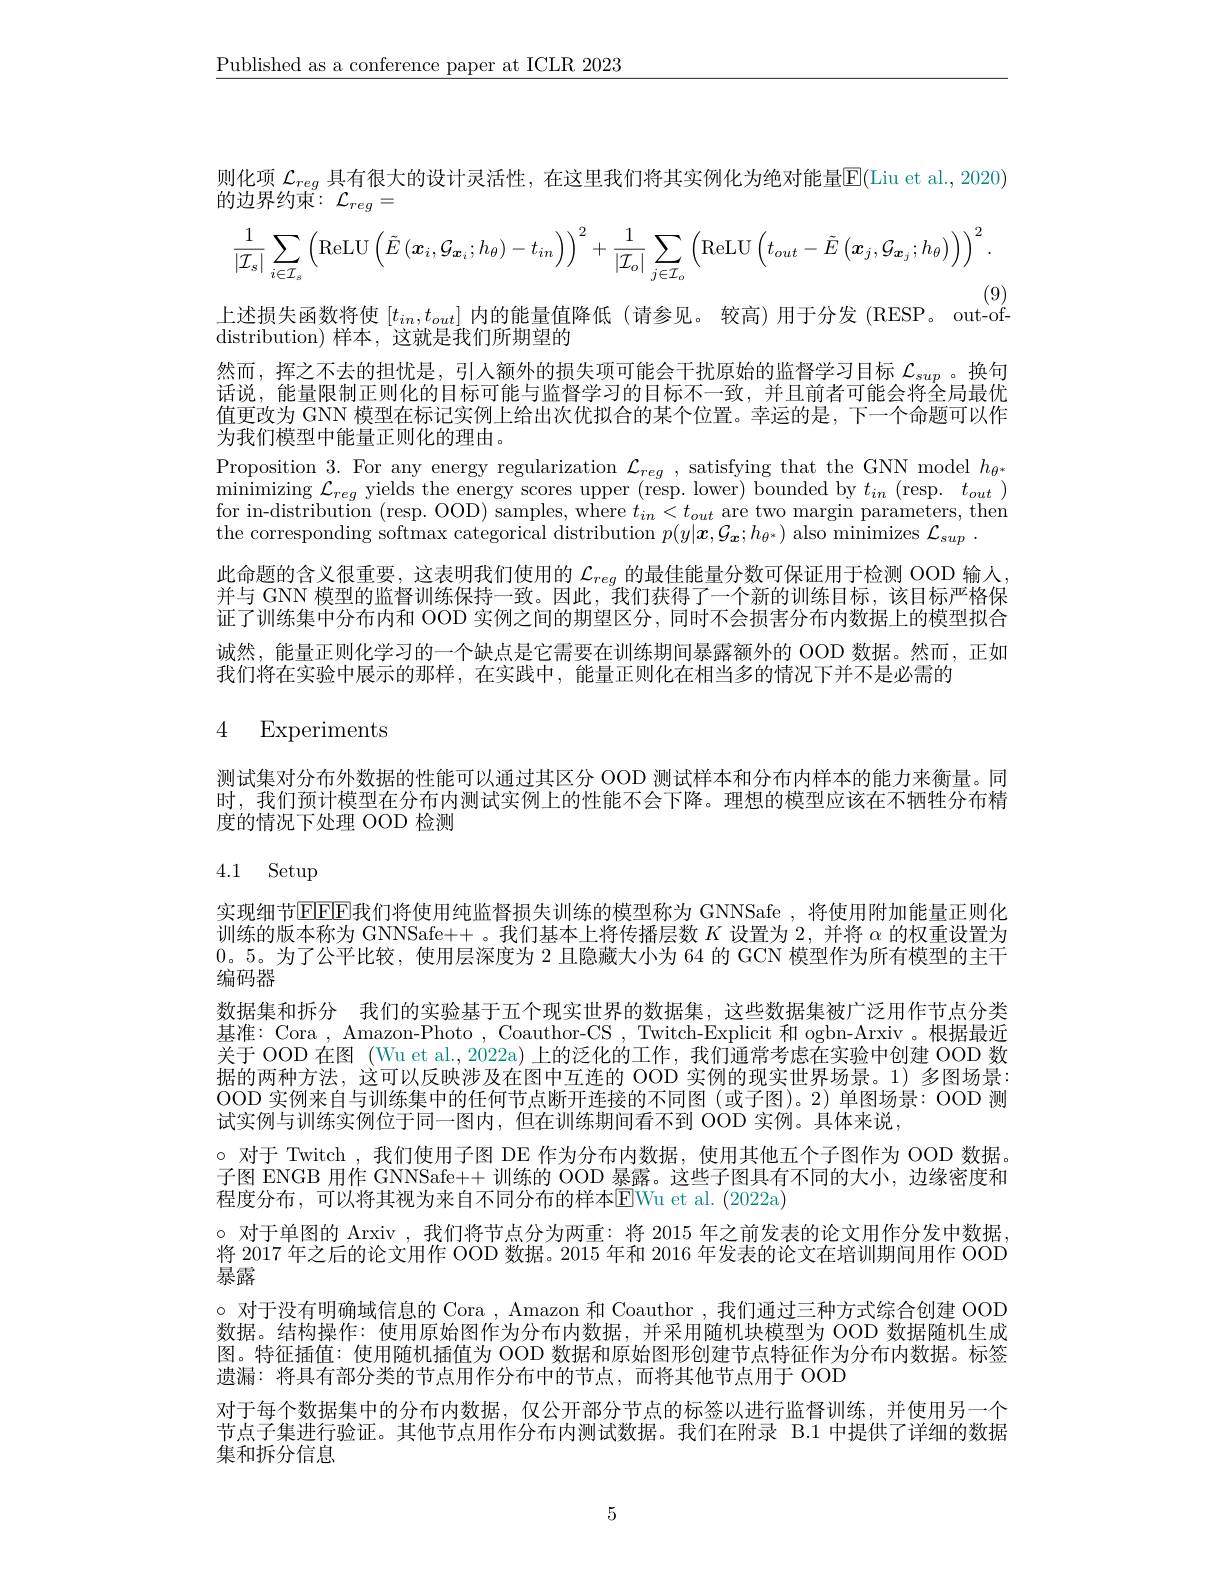
$\underline{\text{Published as a conference paper at ICLR 2023}}$

则化项 $\mathcal{L}_{reg}$ 具有很大的设计灵活性，在这里我们将其实例化为绝对能量$\overline{\mathbb{E}}($Liu et al., 2020)
的边界约束$:\mathcal{L}_reg=$
$$\frac{1}{|\mathcal{I}_{s}|}\sum_{i\in\mathcal{I}_{s}}\left(\mathrm{ReLU}\left(\tilde{E}\left(\boldsymbol{x}_{i},\mathcal{G}_{\boldsymbol{x}_{i}};h_{\theta}\right)-t_{in}\right)\right)^{2}+\frac{1}{|\mathcal{I}_{o}|}\sum_{j\in\mathcal{I}_{o}}\left(\mathrm{ReLU}\left(t_{out}-\tilde{E}\left(\boldsymbol{x}_{j},\mathcal{G}_{\boldsymbol{x}_{j}};h_{\theta}\right)\right)\right)^{2}.$$
(9)
上述损失函数将使$[t_{in},t_{out}]$内的能量值降低 (请参见。较高)用于分发 (RESP。out-of-

然而，挥之不去的担忧是，引入额外的损失项可能会干扰原始的监督学习目标$\mathcal{L}_{sup}$。换句话说，能量限制正则化的目标可能与监督学习的目标不一致，并且前者可能会将全局最优

distribution) 样本，这就是我们所期望的
值更改为 GNN 模型在标记实例上给出次优拟合的某个位置。幸运的是，下一个命题可以作
为我们模型中能量正则化的理由。
Proposition 3. For any energy regularization $\mathcal{L}_reg$, satisfying that the GNN model $h_\theta^*$ $\operatorname*{minimizing}\mathcal{L}_{reg}$ yields the energy scores upper (resp. lower) bounded by $t_in$ ( resp. $t_{out})$ $\begin{array}{l}\text{for in-distribution (resp. OOD) samples, where }t_{in}<t_{out}\text{ are two margin parameters, them}\\\text{the corresponding softmax categorical distribution }p(y|\boldsymbol{x},\mathcal{G}_{{\boldsymbol x}};h_{{\theta^{*}}})\text{ also minimizes }\mathcal{L}_{sup}\:.\end{array}$ 此命题的含义很重要，这表明我们使用的$\mathcal{L}_{reg}$的最佳能量分数可保证用于检测 OOD 输入并与 GNN 模型的监督训练保持一致。因此，我们获得了一个新的训练目标，该目标严格保证了训练集中分布内和 OOD 实例之间的期望区分，同时不会损害分布内数据上的模型拟合诚然，能量正则化学习的一个缺点是它需要在训练期间暴露额外的 OOD 数据。然而，正如我们将在实验中展示的那样，在实践中，能量正则化在相当多的情况下并不是必需的

## 4 Experiments

测试集对分布外数据的性能可以通过其区分 OOD 测试样本和分布内样本的能力来衡量。同时，我们预计模型在分布内测试实例上的性能不会下降。理想的模型应该在不牺牲分布精度的情况下处理 OOD 检测

## 4.1 Setup

实现细节$\operatorname{EEEE}$我们将使用纯监督损失训练的模型称为 GNNSafe ,将使用附加能量正则化训练的版本称为 GNNSafe++ 。我们基本上将传播层数$K$设置为 2, 并将$\alpha$的权重设置为0。5。为了公平比较，使用层深度为 2 且隐藏大小为 64 的 GCN 模型作为所有模型的主干编码器
数据集和拆分 我们的实验基于五个现实世界的数据集，这些数据集被广泛用作节点分类基准：Cora , Amazon-Photo , Coauthor-CS , Twitch-Explicit 和 ogbn-Arxiv 。根据最近关于 OOD 在图 (Wu et al., 2022a) 上的泛化的工作，我们通常考虑在实验中创建 OOD 数据的两种方法，这可以反映涉及在图中互连的 OOD 实例的现实世界场景。1)多图场景： OOD 实例来自与训练集中的任何节点断开连接的不同图(或子图)。2)单图场景：OOD 测试实例与训练实例位于同一图内，但在训练期间看不到 OOD 实例。具体来说，
$\circ$对于 Twitch , 我们使用子图 DE 作为分布内数据，使用其他五个子图作为 OOD 数据。子图 ENGB 用作 GNNSafe++ 训练的 OOD 暴露。这些子图具有不同的大小，边缘密度和程度分布，可以将其视为来自不同分布的样本EWu et al. ( 2022a)
$\circ$对于单图的 Arxiv , 我们将节点分为两重：将 2015 年之前发表的论文用作分发中数据， 将 2017 年之后的论文用作 OOD 数据。2015 年和 2016 年发表的论文在培训期间用作 OOD 暴露
$\circ$对于没有明确域信息的 Cora , Amazon 和 Coauthor , 我们通过三种方式综合创建 OOD 数据。结构操作：使用原始图作为分布内数据，并采用随机块模型为 OOD 数据随机生成图。特征插值：使用随机插值为 OOD 数据和原始图形创建节点特征作为分布内数据。标签遗漏：将具有部分类的节点用作分布中的节点，而将其他节点用于 OOD
对于每个数据集中的分布内数据，仅公开部分节点的标签以进行监督训练，并使用另一个节点子集进行验证。其他节点用作分布内测试数据。我们在附录 B.1 中提供了详细的数据集和拆分信息

5